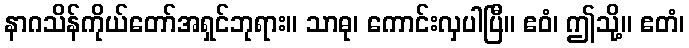
နာဂသိန်ကိုယ်တော်အရှင်ဘုရား။ သာဓု၊ ကောင်းလှပါပြီ။ ဧဝံ၊ ဤသို့။ ဧတံ၊